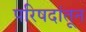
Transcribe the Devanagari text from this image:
परिषदांतून